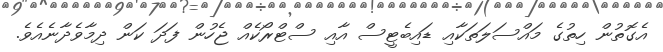
އެގޮތުން ހިތުގެ މައްސަލަތަކާއި ޑައިބެޓީސް އާއި ސްޓްރޯކެއް ޖެހުން ފަދަ ކަން ދިމާވެދާނެއެވެ.